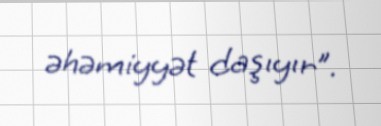
əhəmiyyət daşıyır”.